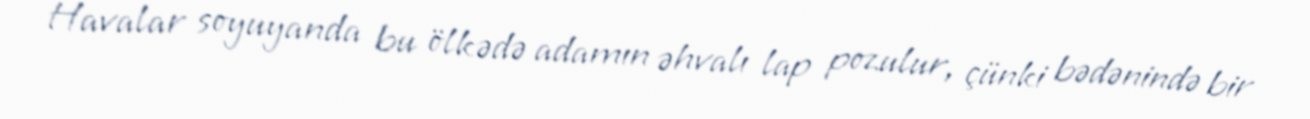
Havalar soyuyanda bu ölkədə adamın əhvalı lap pozulur, çünki bədənində bir